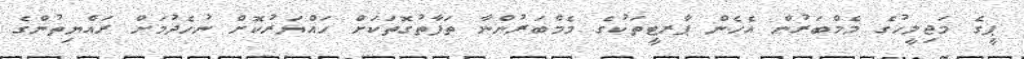
ޕީގެ މަޖިލީހުގެ މެމްބަރުން އެހެން ޕާރޓީތަކުގެ މެމްބަރުންނާ ތަފާތުގޮތަކަށް ހައްޔަރުކޮށް ނުހެދުމަށް ރައްޔިތުންގެ